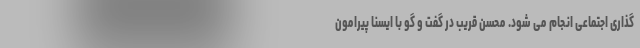
گذاری اجتماعی انجام می شود. محسن قریب در گفت و گو با ایسنا پیرامون